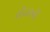
લીટરની